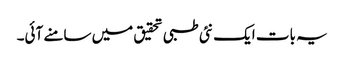
یہ بات ایک نئی طبی تحقیق میں سامنے آئی۔